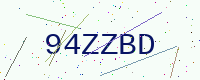
Text: 94ZZBD